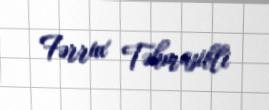
Fərrux Təhmasibli